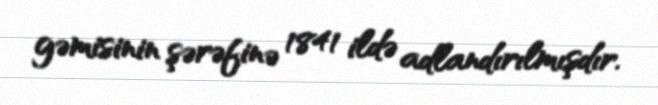
gəmisinin şərəfinə 1841 ildə adlandırılmışdır.